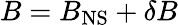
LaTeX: B=B_{\mathrm{NS}}+\delta B